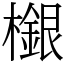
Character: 檭